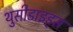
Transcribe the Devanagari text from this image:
थुसीडाइड्स